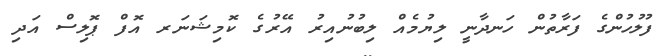
ފުލުހުންގެ ފަރާތުން ހަނދާނީ ލިޔުމެއް ލިބުނުއިރު އޭރުގެ ކޮމިޝަނަރ އޮފް ޕޮލިސް އަދި